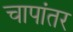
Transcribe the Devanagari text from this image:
चापांतर